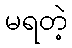
မရတဲ့